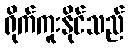
ရိုက်ကူးနိုင်သည်